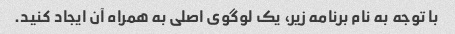
با توجه به نام برنامه زیر، یک لوگوی اصلی به همراه آن ایجاد کنید.